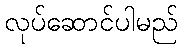
လုပ်ဆောင်ပါမည်